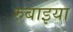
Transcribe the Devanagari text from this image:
रुबाइया